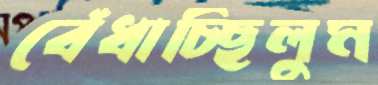
বেঁধাচ্ছিলুম